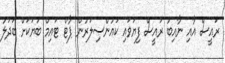
ރައީސް އާއި ނާއިބު ރައީސް ފިޔަވައި ކައުންސިލަރުން ޕާޓް ޓައިމް ބަޔަކަށް ބަދަލު